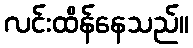
လင်းထိန်နေသည်။